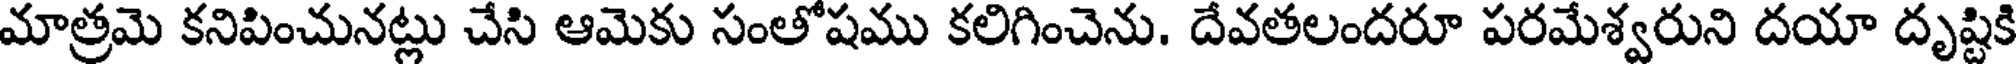
మాత్రమె కనిపించునట్లు చేసి ఆమెకు సంతోషము కలిగించెను. దేవతలందరూ పరమేశ్వరుని దయా దృష్టికి